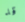
قد